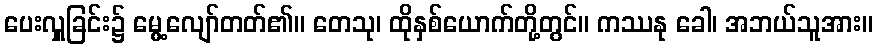
ပေးလှူခြင်း၌ မွေ့လျော်တတ်၏။ တေသု၊ ထိုနှစ်ယောက်တို့တွင်။ ကဿနု ခေါ၊ အဘယ်သူအား။